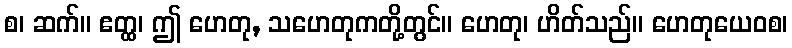
စ၊ ဆက်။ ဧတ္ထ၊ ဤ ဟေတု, သဟေတုကတို့တွင်။ ဟေတု၊ ဟိတ်သည်။ ဟေတုယေဝစ၊